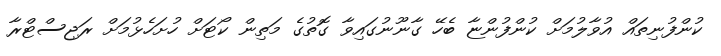
ކުންފުނިތައް އުވާލުމަށް ކުންފުންޏާ ބެހޭ ގާނޫނުގައިވާ ގޮތުގެ މަތިން ކޯޓަށް ހުށަހެޅުމަށް ރަޖިސްޓްރާ